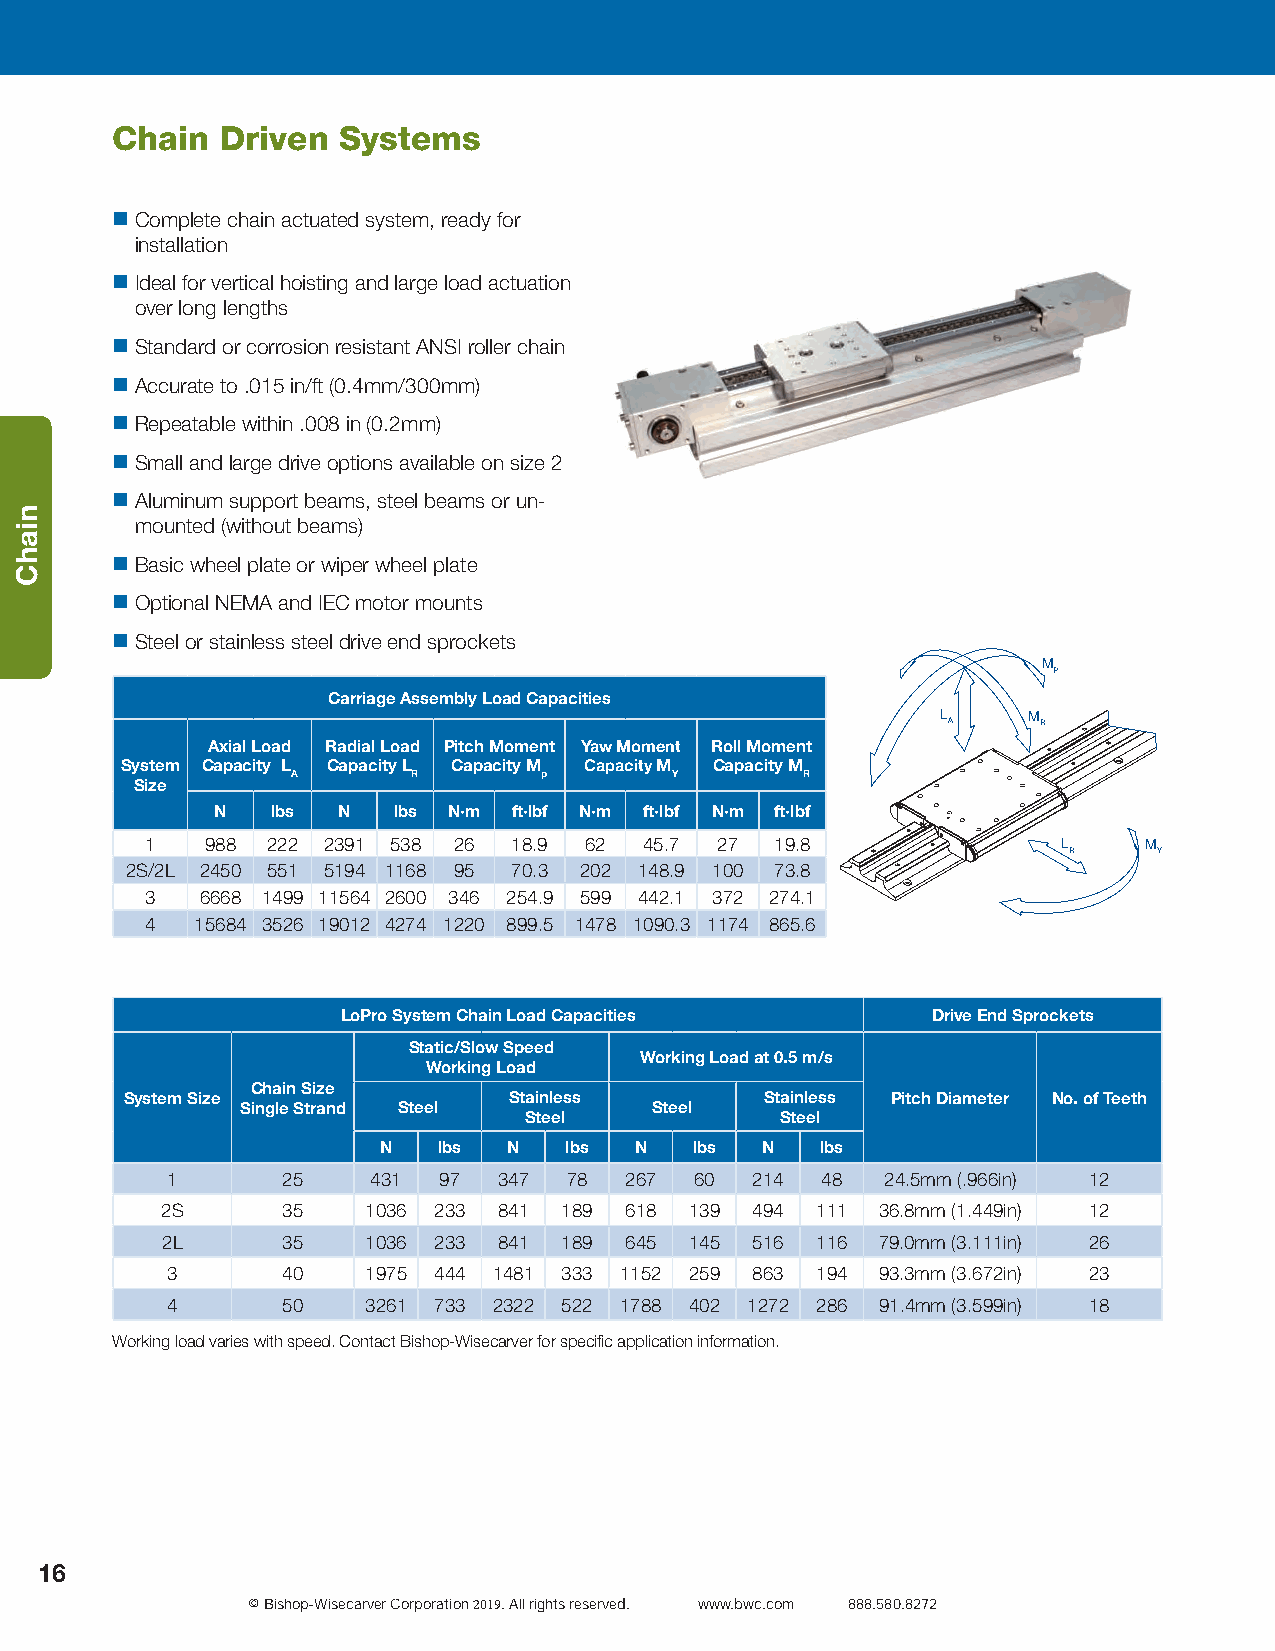
Chain   Driven Systems
  Complete chain actuated system, ready for
 installation
  Ideal for vertical hoisting and large load actuation
 over long lengths
  Standard or corrosion resistant ANSI roller chain
  Accurate to .015 in/ft (0.4mm/300mm)
  Repeatable within .008 in (0.2mm)
  Small and large drive options available on size 2
  Aluminum support beams, steel beams or un-
 mounted (without beams)
  Basic wheel plate or wiper wheel plate
  Optional NEMA and IEC motor mounts
  Steel or stainless steel drive end sprockets
 M
 P
 Carriage Assembly Load Capacities
 L     M
 A     R
 Axial Load Radial Load Pitch Moment Yaw Moment Roll Moment
 System Capacity L Capacity L Capacity M Capacity M Capacity M
 A       R        p       Y        R
 Size
 N   lbs N   lbs N·m ft·lbf N·m ft·lbf N·m ft·lbf
 1   988 222 2391 538 26 18.9 62  45.7 27 19.8               L     M
 R     Y
 2S/2L 2450 551 5194 1168 95 70.3 202 148.9 100 73.8
 3  6668 1499 11564 2600 346 254.9 599 442.1 372 274.1
 4  15684 3526 19012 4274 1220 899.5 1478 1090.3 1174 865.6
 LoPro System Chain Load Capacities     Drive End Sprockets
 Static/Slow Speed
 Working Load at 0.5 m/s
 Working Load
 Chain Size
 System Size               Stainless        Stainless Pitch Diameter No. of Teeth
 Single Strand Steel        Steel
 Steel            Steel
 N   lbs  N  lbs  N   lbs N   lbs
 1       25    431 97  347  78 267  60  214 48   24.5mm (.966in) 12
 2S      35   1036 233 841 189 618  139 494 111 36.8mm (1.449in) 12
 2L      35   1036 233 841 189 645  145 516 116 79.0mm (3.111in) 26
 3       40   1975 444 1481 333 1152 259 863 194 93.3mm (3.672in) 23
 4       50   3261 733 2322 522 1788 402 1272 286 91.4mm (3.599in) 18
 Working load varies with speed. Contact Bishop-Wisecarver for specific application information.
 16
 © Bishop-Wisecarver Corporation 2019. All rights reserved. www.bwc.com 888.580.8272
 niahC